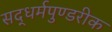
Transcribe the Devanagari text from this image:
सद्धर्मपुण्डरीक